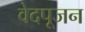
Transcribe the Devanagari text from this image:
वेदपूजन